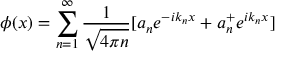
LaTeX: \phi ( x ) = \sum _ { n = 1 } ^ { \infty } { \frac { 1 } { \sqrt { 4 \pi n } } } [ a _ { n } e ^ { - i k _ { n } x } + a _ { n } ^ { + } e ^ { i k _ { n } x } ]